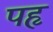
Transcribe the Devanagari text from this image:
पहृ